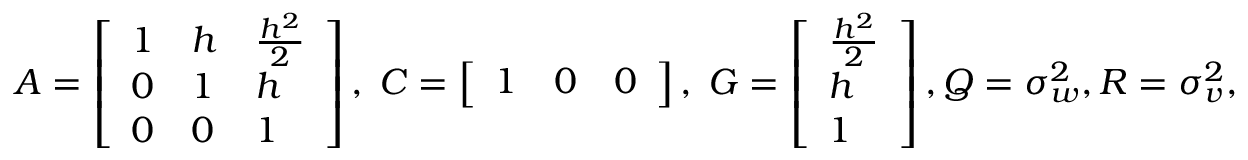
\begin{array} { r } { A = \left[ \begin{array} { l l l } { 1 } & { h } & { \frac { h ^ { 2 } } { 2 } } \\ { 0 } & { 1 } & { h } \\ { 0 } & { 0 } & { 1 } \end{array} \right] , \; C = \left[ \begin{array} { l l l } { 1 } & { 0 } & { 0 } \end{array} \right] , \; G = \left[ \begin{array} { l } { \frac { h ^ { 2 } } { 2 } } \\ { h } \\ { 1 } \end{array} \right] , Q = \sigma _ { w } ^ { 2 } , R = \sigma _ { v } ^ { 2 } , } \end{array}